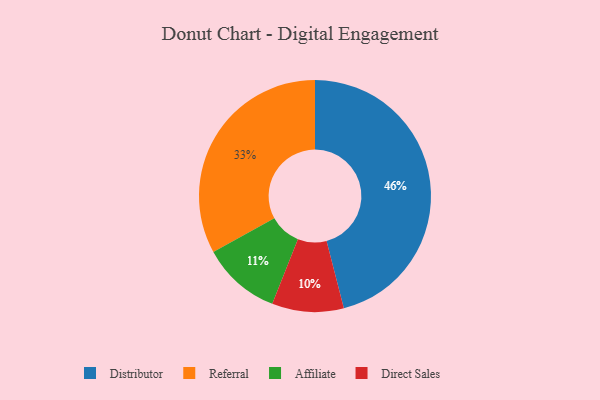
{"axis": {"x": "Category", "y": "Percentage"}, "legend": ["Affiliate", "Direct Sales", "Distributor", "Referral"], "data": [{"x": "Distributor", "y": 46, "type": "Distributor"}, {"x": "Affiliate", "y": 11, "type": "Affiliate"}, {"x": "Direct Sales", "y": 10, "type": "Direct Sales"}, {"x": "Referral", "y": 33, "type": "Referral"}]}